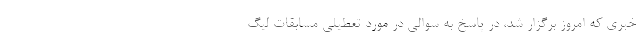
خبری که امروز برگزار شد، در پاسخ به سوالی در مورد تعطیلی مسابقات لیگ